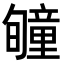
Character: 𥫂